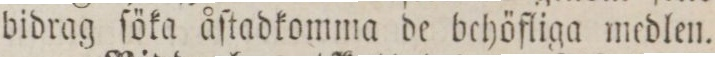
bidrag ſöka åſtadkomma de behöfliga medlen.